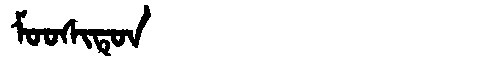
Manchu: ᠮᠣᠣᠰᡳᡨᡠᠨ
Romanization: MOOSITUN